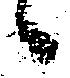
候